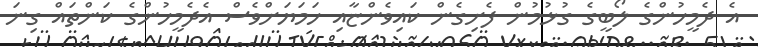
އެ ދެމީހުންގެ ލޯބީގެ ގުޅުމުން ފެށިގެން ކައިވެންޏާއި ހަމަޔަށްވެސް އެދެމީހުންގެ ކަންތައް ގިނަ